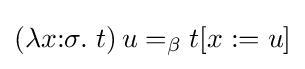
(\lambda x{\mathbin {:}}\sigma .~t)\,u=_{\beta }t[x:=u]